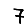
Digit: 7